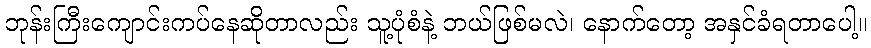
ဘုန်းကြီးကျောင်းကပ်နေဆိုတာလည်း သူ့ပုံစံနဲ့ ဘယ်ဖြစ်မလဲ၊ နောက်တော့ အနှင်ခံရတာပေါ့။